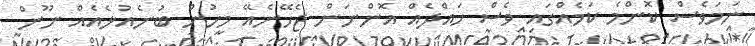
ނަމަވެސް ކޮންމެ ކަމެއްގައި ވެސް ހައްދެއް އޮންނަން ޖެހޭނެއޭ މީހުން ބުނެއުޅެއެއް ނޫން